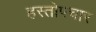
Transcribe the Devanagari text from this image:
हस्तोपचार